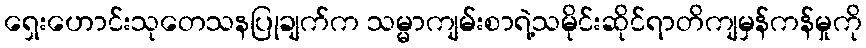
ရှေးဟောင်းသုတေသနပြုချက်က သမ္မာကျမ်းစာရဲ့သမိုင်းဆိုင်ရာတိကျမှန်ကန်မှုကို